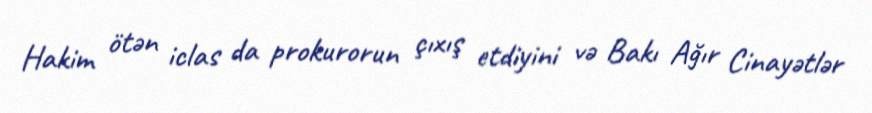
Hakim ötən iclas da prokurorun çıxış etdiyini və Bakı Ağır Cinayətlər